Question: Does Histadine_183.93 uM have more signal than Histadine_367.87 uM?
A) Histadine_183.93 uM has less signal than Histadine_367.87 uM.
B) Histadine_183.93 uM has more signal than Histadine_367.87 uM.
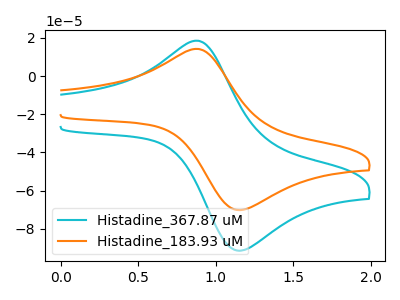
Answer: <think>The cyan curve "Histadine_367.87 uM" has an anodic peak at (0.90V, 18.50uA) and a cathodic peak at (1.20V, -91.10uA). The orange curve "Histadine_183.93 uM" has an anodic peak at (0.90V, 14.20uA) and a cathodic peak at (1.20V, -69.95uA).
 All the peaks in "Histadine_183.93 uM" have a peak in "Histadine_367.87 uM" at the same potential. Every peak in "Histadine_183.93 uM" is lower than every peak in "Histadine_367.87 uM".</think>
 <answer>A) "Histadine_183.93 uM" has less signal than "Histadine_367.87 uM".</answer>
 <eval>A</eval>